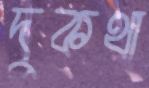
দুকথা